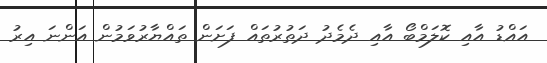
އައްޑު އާއި ކޮލަމްބޯ އާއި ދެމެދު ދަތުރުތައް ފަށަން ތައްޔާރުވަމުން އަންނަ އިރު